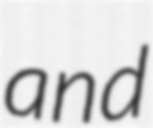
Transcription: and